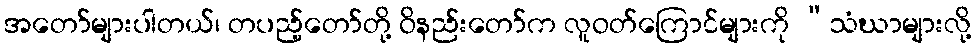
အတော်များပါတယ်၊ တပည့်တော်တို့ ဝိနည်းတော်က လူဝတ်ကြောင်များကို “သံဃာများလို့